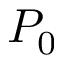
P _ { 0 }